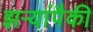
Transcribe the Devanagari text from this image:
झऱ्यांपैकी